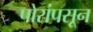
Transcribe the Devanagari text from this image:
पोरांपसून